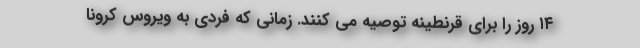
۱۴ روز را برای قرنطینه توصیه می کنند. زمانی که فردی به ویروس کرونا